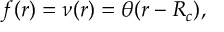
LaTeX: f ( r ) = \nu ( r ) = \theta ( r - R _ { c } ) ,